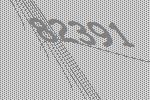
82391